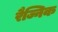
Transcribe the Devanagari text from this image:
रैज्निक